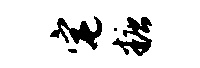
宅糖